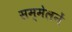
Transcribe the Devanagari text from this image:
सम्मेलनें